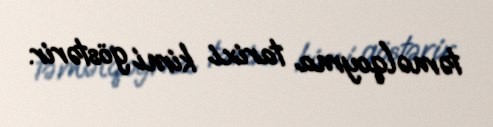
təməlqoyma tarixi kimi göstərir.